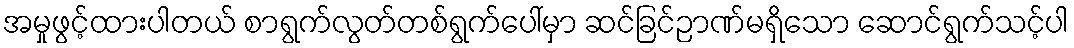
အမှုဖွင့်ထားပါတယ် စာရွက်လွတ်တစ်ရွက်ပေါ်မှာ ဆင်ခြင်ဉာဏ်မရှိသော ဆောင်ရွက်သင့်ပါ